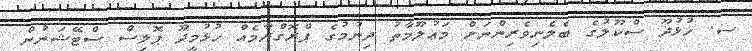
ސ. ހުޅުދޫ ސްކޫލުގެ ބެލެނިވެރިންނަށް މަޢުލޫމާތު ދިނުމުގެ ޕްރޮގްރާމެއް ހުޅުމީދޫ ޕޮލިސް ސްޓޭޝަނުން